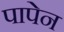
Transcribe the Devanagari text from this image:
पापेन